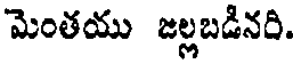
మెంతయు జల్లబడినరి.